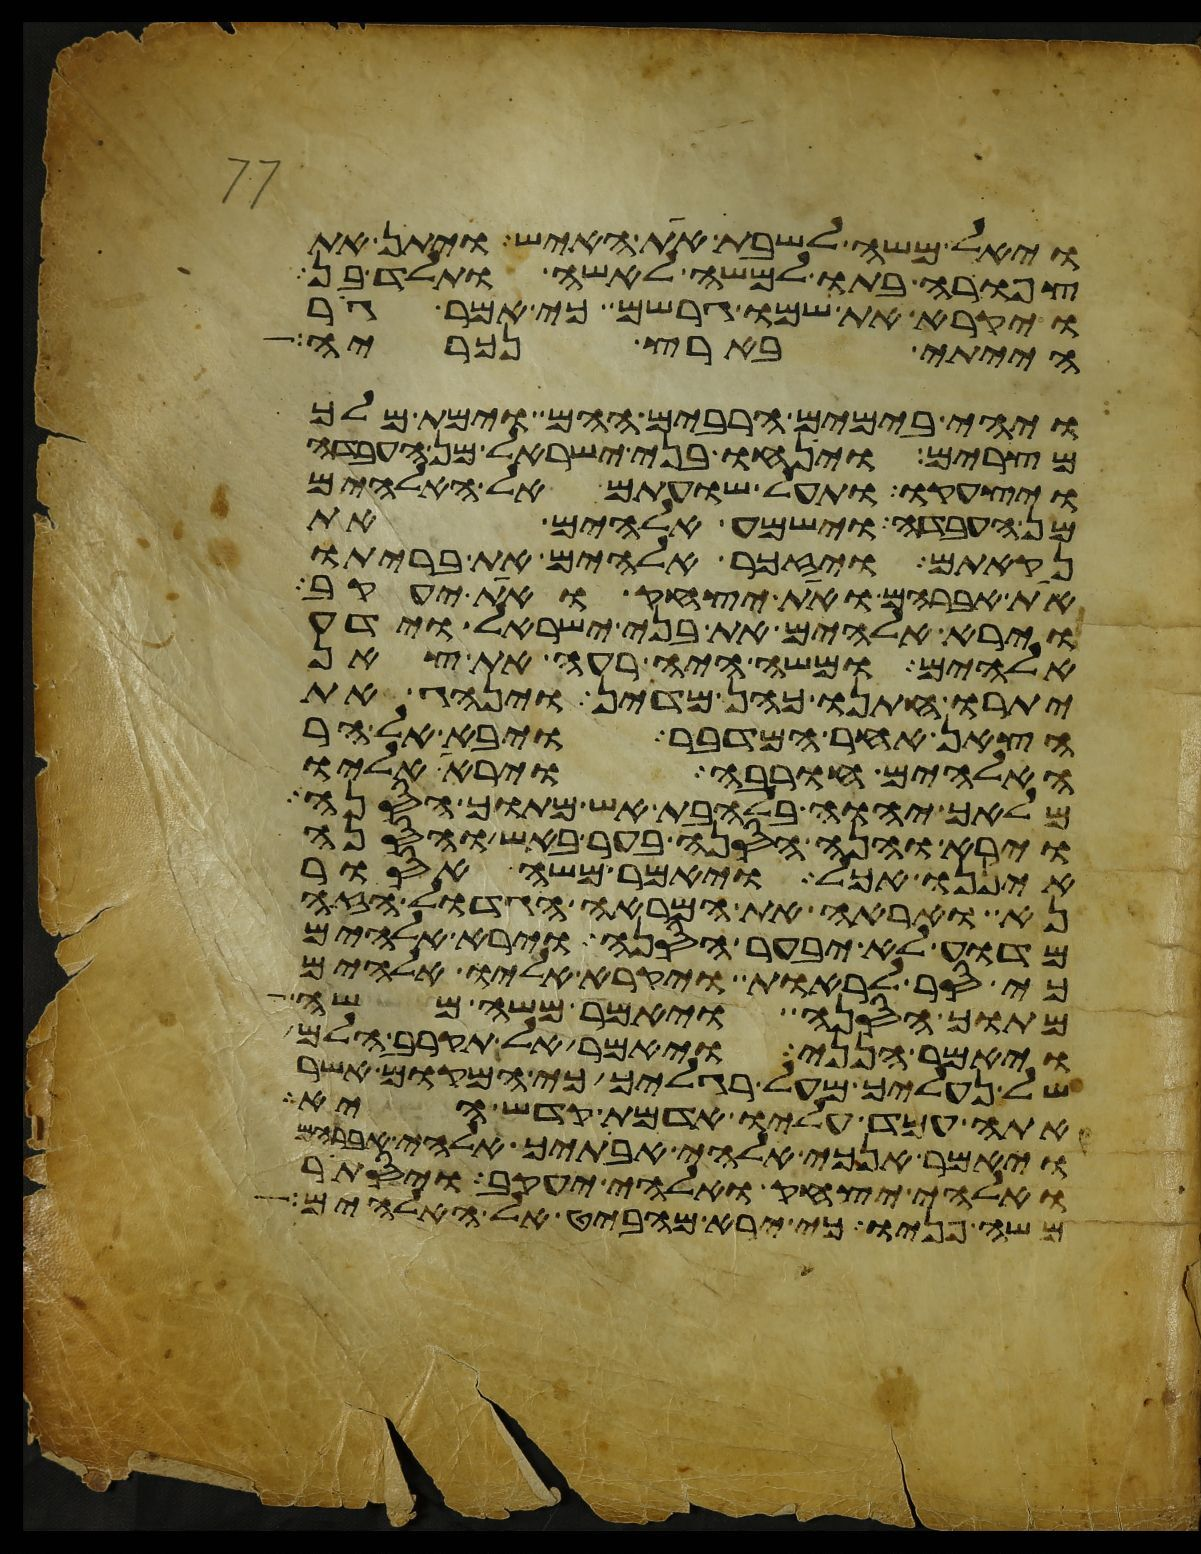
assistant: ויאל משה לשבת את האיש ויתן את
צפורה בתו למשה לאשה ותלד בן
ויקרא את שמו גרשם כי אמר גר
הייתי בארץ נכריה
ויהי בימים הרבים ההם וימת מלך
מצרים וינחו בני ישראל מן העבדה
ויצעקו ותעל שועתם אל האלהים
מן העבדה וישמע אלהים את
נקאתם ויזכר אלהים את בריתו
את אברהם ואת יצחק ואת יעקב
וירא אלהים את בני ישראל וידע
אלהים ומשה היה רעה את צאן
יתרו חתנו כהן מדין וינהג את
הצאן אחר המדבר ויבא אל הר
האלהים חורבה וירא אליו
מלאך יהוה בלהבת אש מתוך הסנה
וירא והנה הסנה בער באש והסנה
איננו אכל ויאמר משה אסור
נא ואראה את המראה הגדול הזה
מדוע לא יבער הסנה וירא אלהים
כי סר לראות ויקרא אליו אלהים
מתוך הסנה ויאמר משה משה
ויאמר הנני ויאמר אל תקרב הלם
של נעליך מעל רגליך כי המקום אשר
אתה עמד עליו אדמת קדש היא
ויאמר אנכי אלהי אבתיך אלהי אברהם
ואלהי יצחק ואלהי יעקב ויסתר
משה פניו כי ירא מהביט אל האלהים